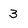
Character: 3